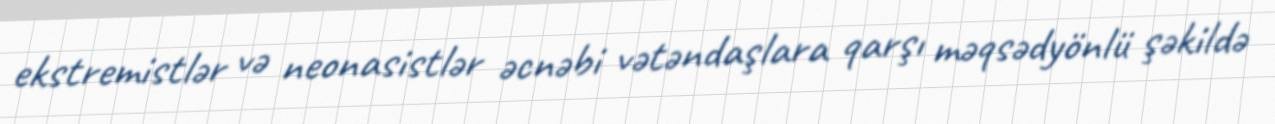
ekstremistlər və neonasistlər əcnəbi vətəndaşlara qarşı məqsədyönlü şəkildə